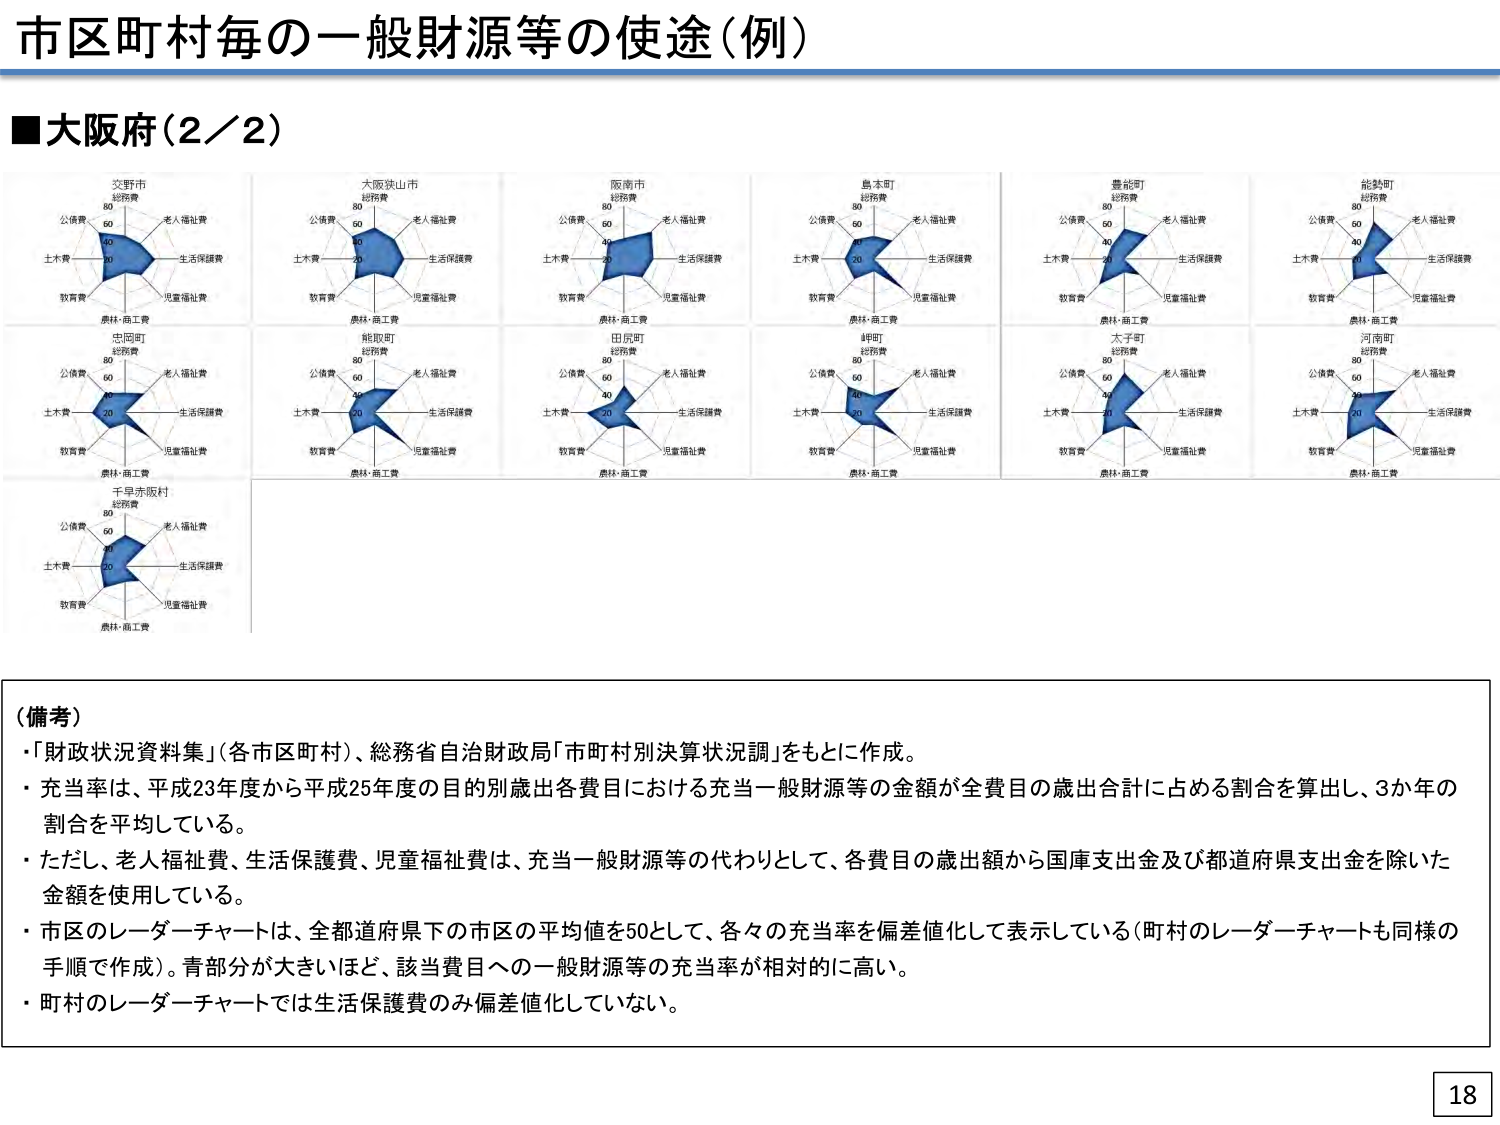
市区町村毎の一般財源等の使途（例）

■大阪府（2／2）

交野市
総務費
公債費
60
40
20
土木費
教育費
農林・商工費
老人福祉費
生活保護費
児童福祉費

大阪狭山市
総務費
公債費
60
40
20
土木費
教育費
農林・商工費
老人福祉費
生活保護費
児童福祉費

阪南市
総務費
公債費
60
40
20
土木費
教育費
農林・商工費
老人福祉費
生活保護費
児童福祉費

島本町
総務費
公債費
60
40
20
土木費
教育費
農林・商工費
老人福祉費
生活保護費
児童福祉費

豊能町
総務費
公債費
60
40
20
土木費
教育費
農林・商工費
老人福祉費
生活保護費
児童福祉費

能勢町
総務費
公債費
60
40
20
土木費
教育費
農林・商工費
老人福祉費
生活保護費
児童福祉費

忠岡町
総務費
公債費
60
40
20
土木費
教育費
農林・商工費
老人福祉費
生活保護費
児童福祉費

熊取町
総務費
公債費
60
40
20
土木費
教育費
農林・商工費
老人福祉費
生活保護費
児童福祉費

田尻町
総務費
公債費
60
40
20
土木費
教育費
農林・商工費
老人福祉費
生活保護費
児童福祉費

岬町
総務費
公債費
60
40
20
土木費
教育費
農林・商工費
老人福祉費
生活保護費
児童福祉費

太子町
総務費
公債費
60
40
20
土木費
教育費
農林・商工費
老人福祉費
生活保護費
児童福祉費

河南町
総務費
公債費
60
40
20
土木費
教育費
農林・商工費
老人福祉費
生活保護費
児童福祉費

千早赤阪村
総務費
公債費
60
40
20
土木費
教育費
農林・商工費
老人福祉費
生活保護費
児童福祉費

（備考）
・「財政状況資料集」（各市区町村）、総務省自治財政局「市町村別決算状況調」をもとに作成。
・充当率は、平成23年度から平成25年度の目的別歳出各費目における充当一般財源等の金額が全費目の歳出合計に占める割合を算出し、3か年の割合を平均している。
・ただし、老人福祉費、生活保護費、児童福祉費は、充当一般財源等の代わりとして、各費目の歳出額から国庫支出金及び都道府県支出金を除いた金額を使用している。
・市区のレーダーチャートは、全都道府県下の市区の平均値を50として、各々の充当率を偏差値化して表示している（町村のレーダーチャートも同様の手順で作成）。青部分が大きいほど、該当費目への一般財源等の充当率が相対的に高い。
・町村のレーダーチャートでは生活保護費のみ偏差値化していない。

18